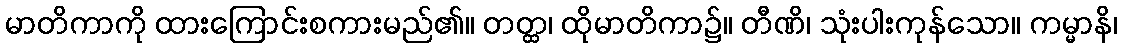
မာတိကာကို ထားကြောင်းစကားမည်၏။ တတ္ထ၊ ထိုမာတိကာ၌။ တီဏိ၊ သုံးပါးကုန်သော။ ကမ္မာနိ၊